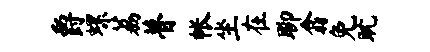
爵螺荔瞢帐坐在聊翕免耽